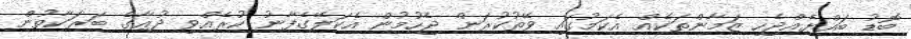
ބޮޑު ބައްޔެއްޖެހި ޒަމާންތަކެއް އެކަމުގައި ވޭތުކުރަން ޖެހުމުން އެކަލޭގެފާނު ކުރެއްވި ދުޢާގެ ބަރަކާތުން